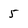
Character: 5